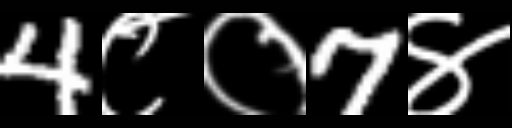
Text: 4८०7४